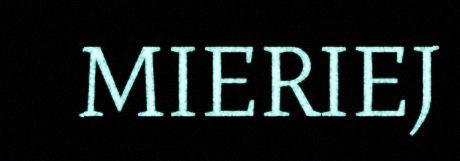
MIERIEJ